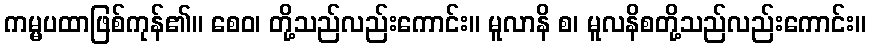
ကမ္မပထာဖြစ်ကုန်၏။ စေဝ၊ တို့သည်လည်းကောင်း။ မူလာနိ စ၊ မူလနိစတို့သည်လည်းကောင်း။